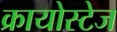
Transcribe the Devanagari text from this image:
क्रायोस्टेज